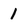
Character: 1